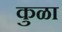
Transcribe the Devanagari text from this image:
कुळा